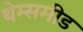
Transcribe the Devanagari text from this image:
थेम्समीड